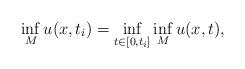
LaTeX: \begin{align*}\inf_M u(x,t_i) = \inf_{t \in [0,t_i]} \inf_M u(x,t) ,\end{align*}